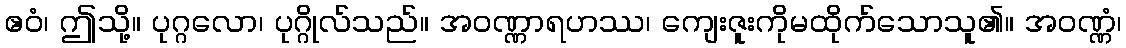
ဧဝံ၊ ဤသို့။ ပုဂ္ဂလော၊ ပုဂ္ဂိုလ်သည်။ အဝဏ္ဏာရဟဿ၊ ကျေးဇူးကိုမထိုက်သောသူ၏။ အဝဏ္ဏံ၊